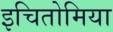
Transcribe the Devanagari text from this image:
इचितोमिया